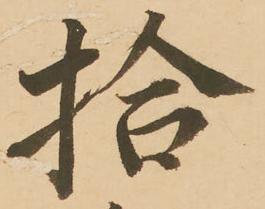
拾